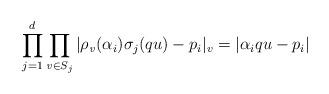
LaTeX: \begin{align*}\prod_{j=1}^d\prod_{\mathit{v}\in S_j}|\rho_{\mathit{v}}(\alpha_i)\sigma_j(qu)-p_i|_v=|\alpha_i q u-p_i|\end{align*}